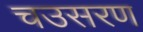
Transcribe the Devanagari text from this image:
चउसरण